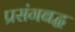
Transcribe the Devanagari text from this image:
प्रसंगबद्ध